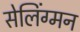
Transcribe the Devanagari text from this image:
सेलिंग्मन